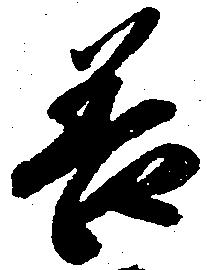
善